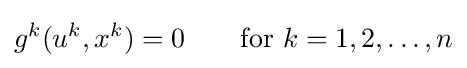
g^{k}(u^{k},x^{k})=0\qquad {\text{for }}k=1,2,\ldots ,n